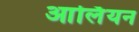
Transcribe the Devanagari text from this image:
आर्लियन